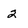
Character: 2